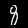
Label: 8